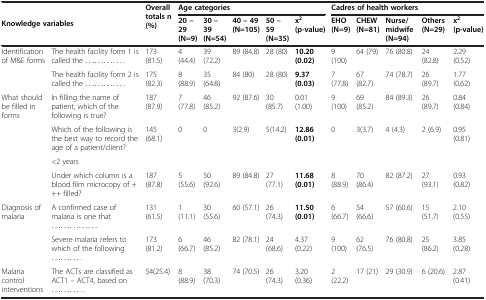
<table><thead><tr><td rowspan="2" colspan="2"><b>Knowledge variables</b></td><td rowspan="2"><b>Overall totals n(%)</b></td><td colspan="5"><b>Age categories</b></td><td colspan="5"><b>Cadres of health workers</b></td></tr><tr><td><b>20 – 29 (N=9)</b></td><td><b>30 – 39 (N=54)</b></td><td><b>40 – 49 (N=105)</b></td><td><b>50 – 59 (N=35)</b></td><td><b>x<sup>2 </sup>(p-value)</b></td><td><b>EHO (N=9)</b></td><td><b>CHEW (N=81)</b></td><td><b>Nurse/ midwife (N=94)</b></td><td><b>Others (N=29)</b></td><td><b>x<sup>2 </sup>(p-value)</b></td></tr></thead><tbody><tr><td rowspan="2">Identification of M&amp;E forms</td><td>The health facility form 1 is called the ............ .</td><td>173 (81.5)</td><td>4 (44.4)</td><td>39 (72.2)</td><td>89 (84.8)</td><td>28 (80)</td><td><b>10.20 (0.02)</b></td><td>9 (100)</td><td>64 (79)</td><td>76 (80.8)</td><td>24 (82.8)</td><td>2.29 (0.52)</td></tr><tr><td>The health facility form 2 is called the ............ .</td><td>175 (82.3)</td><td>8 (88.9)</td><td>35 (64.8)</td><td>84 (80)</td><td>28 (80)</td><td><b>9.37 (0.03)</b></td><td>7 (77.8)</td><td>67 (82.7)</td><td>74 (78.7)</td><td>26 (89.7)</td><td>1.77 (0.62)</td></tr><tr><td rowspan="4">What should be filled in forms</td><td>In filling the name of patient, which of the following is true?</td><td>187 (87.9)</td><td>7 (77.8)</td><td>46 (85.2)</td><td>92 (87.6)</td><td>30 (85.7)</td><td>0.01 (1.00)</td><td>9 (100)</td><td>69 (85.2)</td><td>84 (89.3)</td><td>26 (89.7)</td><td>0.84 (0.84)</td></tr><tr><td>Which of the following is the best way to record the age of a patient/client?</td><td rowspan="2">145 (68.1)</td><td rowspan="2">0</td><td rowspan="2">0</td><td rowspan="2">3(2.9)</td><td rowspan="2">5(14.2)</td><td rowspan="2"><b>12.86(0.01)</b></td><td rowspan="2">0</td><td rowspan="2">3(3.7)</td><td rowspan="2">4 (4.3)</td><td rowspan="2">2 (6.9)</td><td rowspan="2">0.95 (0.81)</td></tr><tr><td>&lt;2 years</td></tr><tr><td>Under which column is a blood film microcopy of +++ filled?</td><td>187(87.8)</td><td>5 (55.6)</td><td>50 (92.6)</td><td>89 (84.8)</td><td>27 (77.1)</td><td><b>11.68 (0.01)</b></td><td>8 (88.9)</td><td>70 (86.4)</td><td>82 (87.2)</td><td>27 (93.1)</td><td>0.93 (0.82)</td></tr><tr><td rowspan="2">Diagnosis of malaria</td><td>A confirmed case of malaria is one that ...............</td><td>131(61.5)</td><td>1 (11.1)</td><td>30 (55.6)</td><td>60 (57.1)</td><td>26 (74.3)</td><td><b>11.50 (0.01)</b></td><td>6 (66.7)</td><td>54 (66.6)</td><td>57 (60.6)</td><td>15 (51.7)</td><td>2.10 (0.55)</td></tr><tr><td>Severe malaria refers to which of the following ......... .</td><td>173(81.2)</td><td>6 (66.7)</td><td>46 (85.2)</td><td>82 (78.1)</td><td>24 (68.6)</td><td>4.37 (0.22)</td><td>9 (100)</td><td>62 (76.5)</td><td>76 (80.8)</td><td>25 (86.2)</td><td>3.85 (0.28)</td></tr><tr><td>Malaria control interventions</td><td>The ACTs are classified as ACT1 – ACT4, based on ......... . .</td><td>54(25.4)</td><td>8 (88.9)</td><td>38 (70.3)</td><td>74 (70.5)</td><td>26 (74.3)</td><td>3.20 (0.36)</td><td>2 (22.2)</td><td>17 (21)</td><td>29 (30.9)</td><td>6 (20.6)</td><td>2.87 (0.41)</td></tr></tbody></table>